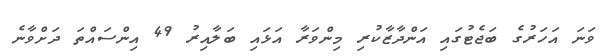
ވަނަ އަހަރުގެ ބަޖެޓުގައި އަންދާޒާކުރި މިންވަރާ އަޅައި ބަލާއިރު 49 އިންސައްތަ ދަށްވާނެ